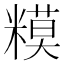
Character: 糢